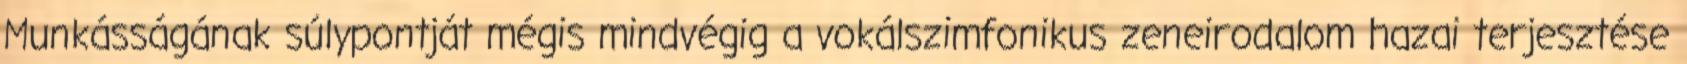
Munkásságának súlypontját mégis mindvégig a vokálszimfonikus zeneirodalom hazai terjesztése